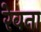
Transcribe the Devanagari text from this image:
रेवना